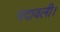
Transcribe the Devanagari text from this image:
पदावली।